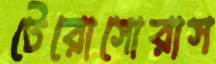
টেরোসোরাস